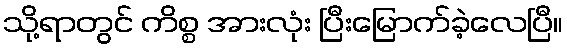
သို့ရာတွင် ကိစ္စ အားလုံး ပြီးမြောက်ခဲ့လေပြီ။